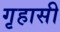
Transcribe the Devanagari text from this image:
गृहासी